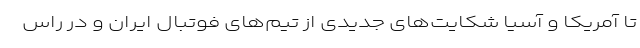
تا آمریکا و آسیا شکایت‌های جدیدی از تیم‌های فوتبال ایران و در راس